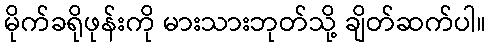
မိုက်ခရိုဖုန်းကို မားသားဘုတ်သို့ ချိတ်ဆက်ပါ။